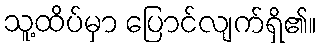
သူ့ထိပ်မှာ ပြောင်လျက်ရှိ၏။